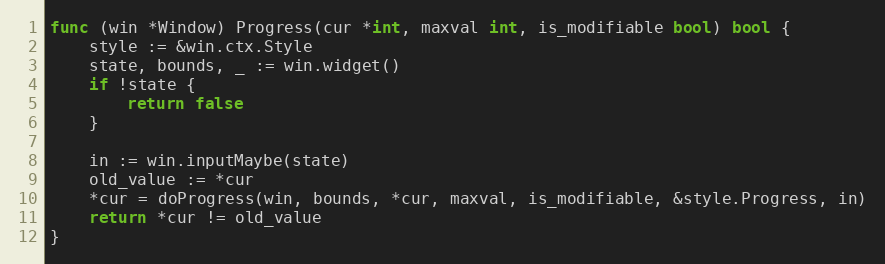
Language: Go
func (win *Window) Progress(cur *int, maxval int, is_modifiable bool) bool {
	style := &win.ctx.Style
	state, bounds, _ := win.widget()
	if !state {
		return false
	}

	in := win.inputMaybe(state)
	old_value := *cur
	*cur = doProgress(win, bounds, *cur, maxval, is_modifiable, &style.Progress, in)
	return *cur != old_value
}